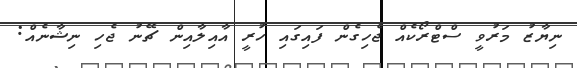
ނިޔާޒު މަރުވީ ސްޓްރޯކެއް ޖެހިގެން ފައިގައި ހުރީ އާއިލާއިން ޗޭނު ޖެހި ނިޝާނެއް: